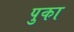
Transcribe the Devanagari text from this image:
पुका